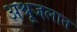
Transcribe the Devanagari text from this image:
अश्रूजलात